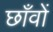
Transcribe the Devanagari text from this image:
छाँवों